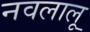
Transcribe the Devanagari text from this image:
नवलालू